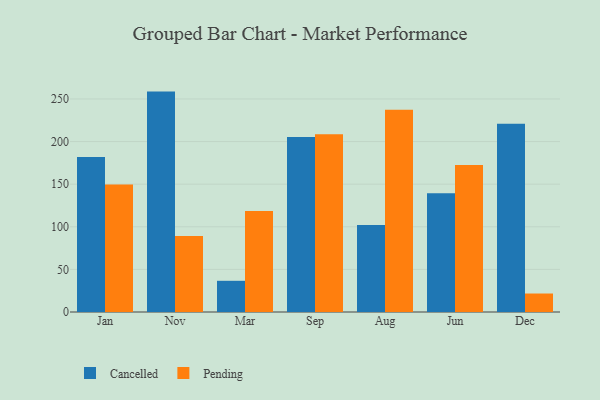
{"axis": {"x": "Month", "y": "Temperature (°C)"}, "legend": ["Cancelled", "Pending"], "data": [{"x": "Jan", "y": 181.8, "type": "Cancelled"}, {"x": "Jan", "y": 149.6, "type": "Pending"}, {"x": "Nov", "y": 258.6, "type": "Cancelled"}, {"x": "Nov", "y": 89.1, "type": "Pending"}, {"x": "Mar", "y": 36.6, "type": "Cancelled"}, {"x": "Mar", "y": 118.5, "type": "Pending"}, {"x": "Sep", "y": 205.4, "type": "Cancelled"}, {"x": "Sep", "y": 208.7, "type": "Pending"}, {"x": "Aug", "y": 102.2, "type": "Cancelled"}, {"x": "Aug", "y": 237.4, "type": "Pending"}, {"x": "Jun", "y": 139.2, "type": "Cancelled"}, {"x": "Jun", "y": 172.5, "type": "Pending"}, {"x": "Dec", "y": 220.9, "type": "Cancelled"}, {"x": "Dec", "y": 21.7, "type": "Pending"}]}